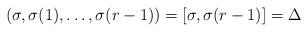
LaTeX: \begin{align*} (\sigma, \sigma(1), \ldots, \sigma(r-1))=[\sigma,\sigma(r-1)]=\Delta\end{align*}